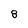
Character: 8